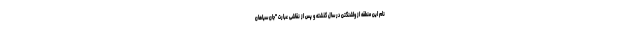
نام این منطقه از واشنگتن در سال گذشته و پس از نقاشی عبارت "جان سیاهان